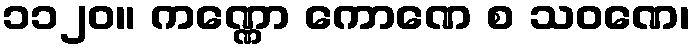
၁၁၂၀။ ကဏ္ဏော ကောဏေ စ သဝဏေ၊